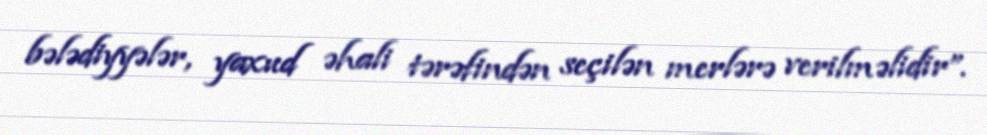
bələdiyyələr, yaxud əhali tərəfindən seçilən merlərə verilməlidir”.